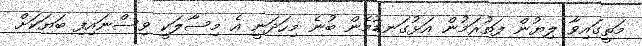
މަތީގައިވާ ލިޔުން ފަތުރަމުން އަޅުގަނޑުމެން ބުނެ މިހަދަނީ އެ މިސާލަކީ ވިސްނައިފި ބަޔަކަށް